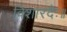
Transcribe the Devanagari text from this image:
विशारदैः॥